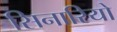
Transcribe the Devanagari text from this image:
सिनारियो